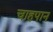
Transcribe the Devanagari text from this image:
चाहपान